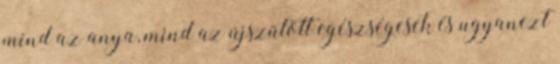
mind az anya, mind az újszülött egészségesek és ugyanezt